Civil Veterinary Dept. Assam report 1927-50 - 1927-1950
Year: 1927
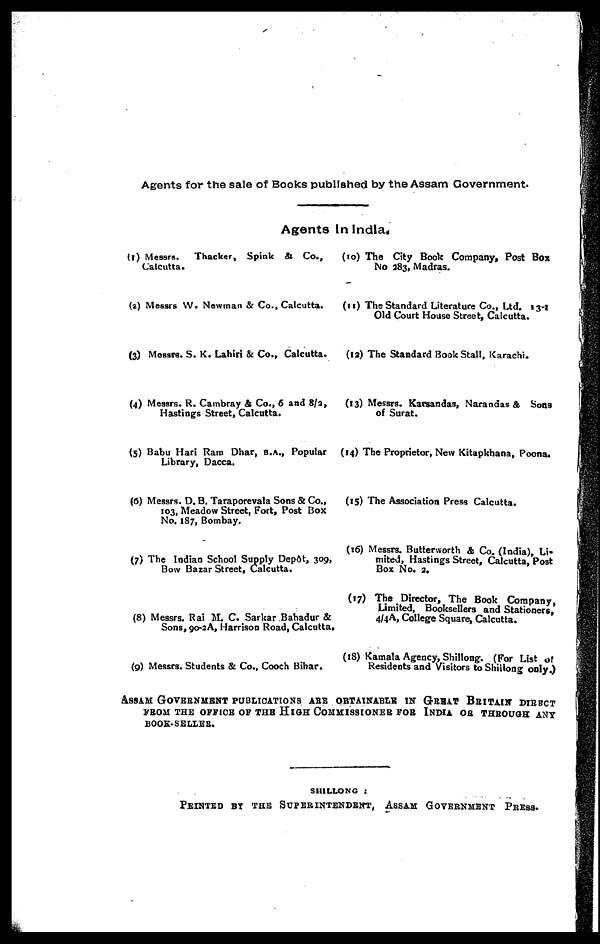
Agents for the sale of Books published by the Assam Government.
Agents In Indias
(1) Messrs. Thacker, Spink & Co.,
Calcutta.
(2) Messrs W. Newman & Co., Calcutta.
(3) Messrs. S. K. Lahiri & Co., Calcutta.
(4) Messrs. R. Cambray & Co., 6 and 8/2,
Hastings Street, Calcutta.
(5) Babu Hari Ram Dhar, B.A., Popular
Library, Dacca.
(6) Messrs. D. B. Taraporevala Sons & Co.,
103, Meadow Street, Fort, Post Box
No. 187, Bombay.
(7) The Indian School Supply Depôt, 309,
Bow Bazar Street, Calcutta.
(8) Messrs. Rai M. C. Sarkar Bahadur &
Sons, 90-2A, Harrison Road, Calcutta
(9) Messrs. Students & Co., Coach Bihar.
(10) The City Book Company, Post Box
No 383, Madras.
(11) The Standard Literature Co., Ltd. 13-1
Old Court House Street, Calcutta.
(12) The Standard Book Stall, Karachi.
(13) Messrs. Karsandas, Narandas & Sons
of Surat.
(14) The Proprietor, New Kitapkhana, Poona.
(15) The Association Press Calcutta.
(16) Messrs. Butterworth & Co. (India), Li-
mited, Hastings Street, Calcutta, Post
Box No. 3.
(17) The Director, The Book Company,
Limited, Booksellers and Stationers,
4/4A, College Square, Calcutta.
(18) Kamala Agency, Shillong. (For List of
Residents and visitors to Shillong only.)
ASSAM GOVERNMENT PUBLICATIONS ARE OBTAINABLE IN GREAT BRITAIN DIRECT
FROM THE OFFICE OF THE HIGH COMMISSIONER FOR INDIA OR THROUGH ANY
BOOK-SELLER.
SHILLONG :
PRINTED BY O. M. ROY, OFFG. SUPERINTENDENT, ASSAM GOVERNMENT PR